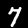
Digit: 7